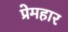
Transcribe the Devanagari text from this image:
प्रेमहार